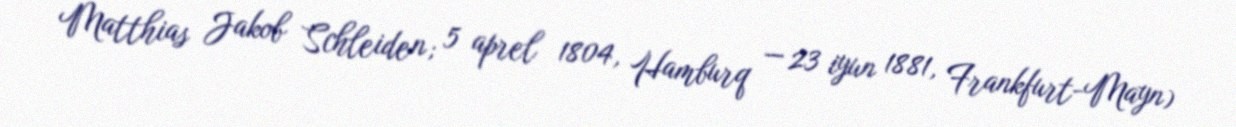
Matthias Jakob Schleiden; 5 aprel 1804, Hamburq — 23 iyun 1881, Frankfurt-Mayn)